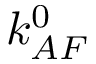
k _ { A F } ^ { 0 }